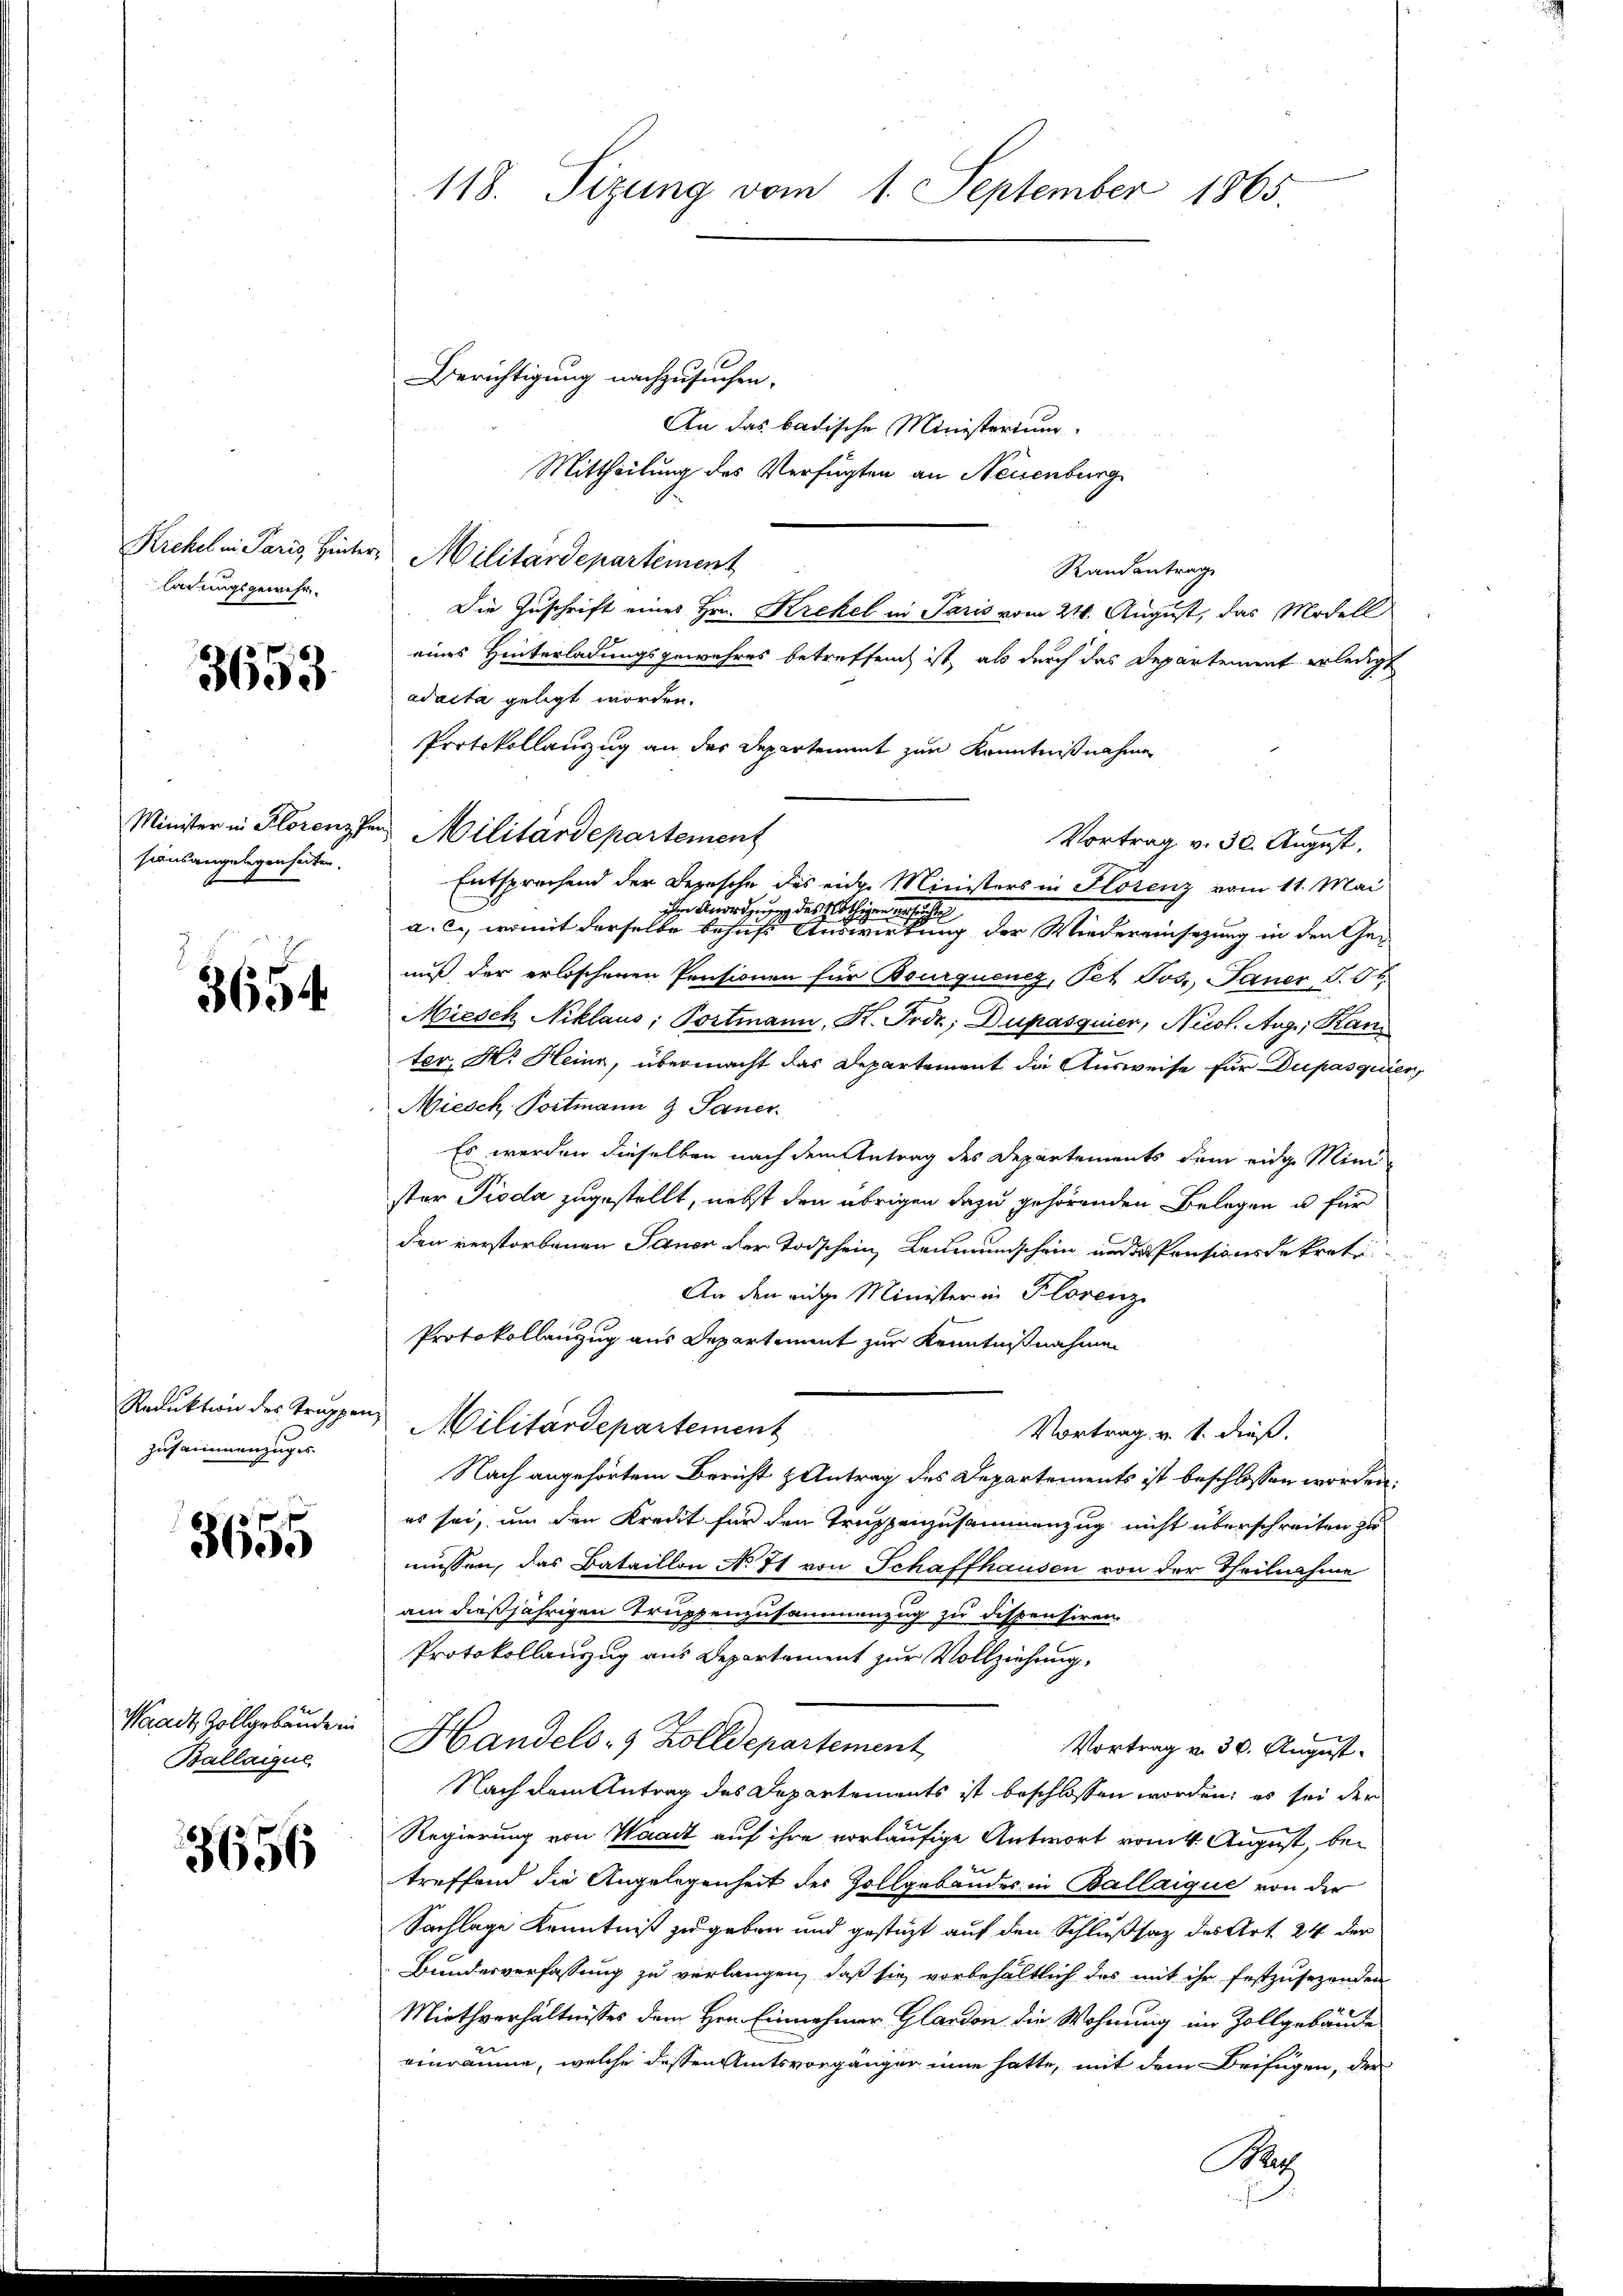
ladungsgewehr.

3653.

sionsangelegenheiten.

3654.

zusammenzuges

3655

Waadt Zollgebäude in
Ballaigue

3656

118. Sizung vom 1. September 1865.

Berichtigung nachzusuchen.
An das badische Ministertum
Mittheilung des Verfügten an Neuenburg
Krehel in Paris, Hinter Militärdepartement
Randantrag
Die Zuschrift eines Hrn. Krekel in Paris vom 24. August, das Modell
eines Hinterladungsgewehres betreffend ist, als durch das Departement erledigt
adacta gelegt worden.
Protokollanzug an der Departement zur Kenntnißnahme
m Anordnung des Nöthigen ersuchte
a. c., womit derselbe behufs Auswirkung der Wiedereinsezung in den Genuß, der erloschenen Pensionen für Bourquenz, Pet Jos. Janer, S. 50.
Miesch Niklaus; Portmann, K. Frde; Dupasquier, Nicol. Aug., Kan
ter, H. Heinz, übermacht das Departement die Ausweise für Dupasquier,
Miesch, Portmann 9 Sauer
Es werden dieselben nach dem Antrag des Departements dem eidge Mini
ster Pioda zugestellt, nebst den übrigen dazu gehörenden Belegen u für
den verstorbenen Sanen der Todschein, Leumundschein und der Pensionsdekreti
An den eige Minister in Florenz
Protokollenzug aus Departiment zur Kenntnißnahmen
Reduktion des Truppen Militärdepartement
Vortrag v. 1. dieß.
Nach angehörtem Bericht & Antrag des Departements ist beschlossen worden.
es sei, um den Kredit für den Truppenzusammenzug nicht überschreiten zu
müssen, das Bataillon No 71 von Schaffhausen von der Theilnahme
am dießjährigen Truppenzusammenzug zu dispensiren.
Protokollanzug aus Departement zur Vollziehung.
Handels- & Zolldepartement
Vortrag v. 30. August.
Nach dem Antrag des Departements ist beschlossen worden; es sei der
Regierung von Waadt auf ihre vorläufige Antwort vom 4. August, betreffend die Angelegenheit der Zollgebäudes in Ballaique von der
Sachlage Kenntniß zu geben und gestüzt auf den Schlußsatz des Art 24 der
Bundesverfassung zu verlangen, daß sie vorbehältlich das mit ihr festzusehenden
Miethverhältnisses dem Hrn. Einnehmer Glardon die Wohnung im Zollgebäude
einräume, welche dessen Amtsvorgänger inne hatte, mit dem Beifügen, der
Bart

Minister in Florenzten Militärdepartement
Entsprechend der Depesche das eine Ministers in Horenz vom 11. Mai

Vortrag v. 30. August,